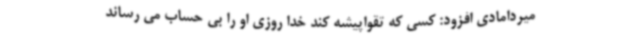
میردامادی افزود: کسی که تقواپیشه کند خدا روزی او را بی حساب می رساند